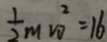
\frac { 1 } { 2 } m v _ { 0 } ^ { 2 } = 1 6